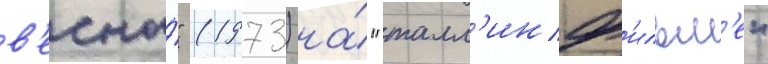
в'есны́" (1973) на́ "талл'инф'ильм'е"